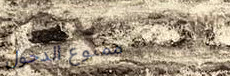
ممنوع الدخول